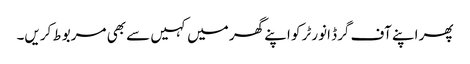
پھر اپنے آف گرڈ انورٹر کو اپنے گھر میں کہیں سے بھی مربوط کریں۔